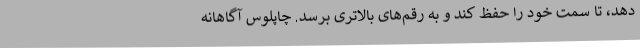
دهد، تا سمت خود را حفظ کند و به رقم‌های بالاتری برسد. چاپلوس آگاهانه